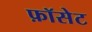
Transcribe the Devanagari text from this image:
फ़ॉसेट